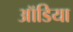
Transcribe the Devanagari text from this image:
ऑडिया